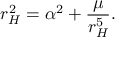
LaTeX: r _ { H } ^ { 2 } = \alpha ^ { 2 } + \frac { \mu } { r _ { H } ^ { 5 } } .